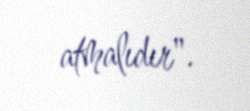
atmalıdır".